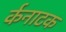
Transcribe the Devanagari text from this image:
र्कनाटक